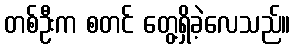
တစ်ဦးက စတင် တွေ့ရှိခဲ့လေသည်။